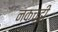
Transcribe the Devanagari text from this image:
नकचढ़ी